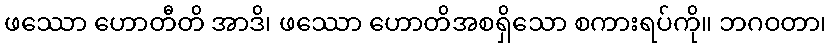
ဖဿော ဟောတီတိ အာဒိ၊ ဖဿော ဟောတိအစရှိသော စကားရပ်ကို။ ဘဂဝတာ၊